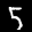
Label: 5